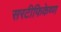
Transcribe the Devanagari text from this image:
सरटीफिकेष्ण